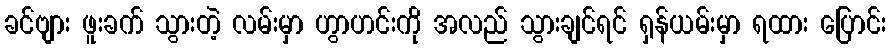
ခင်ဗျား ဖူးခက် သွားတဲ့ လမ်းမှာ ဟွာဟင်းကို အလည် သွားချင်ရင် ရှန်ယမ်းမှာ ရထား ပြောင်း